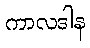
ကာလဒါန